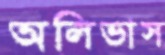
অলিভাস